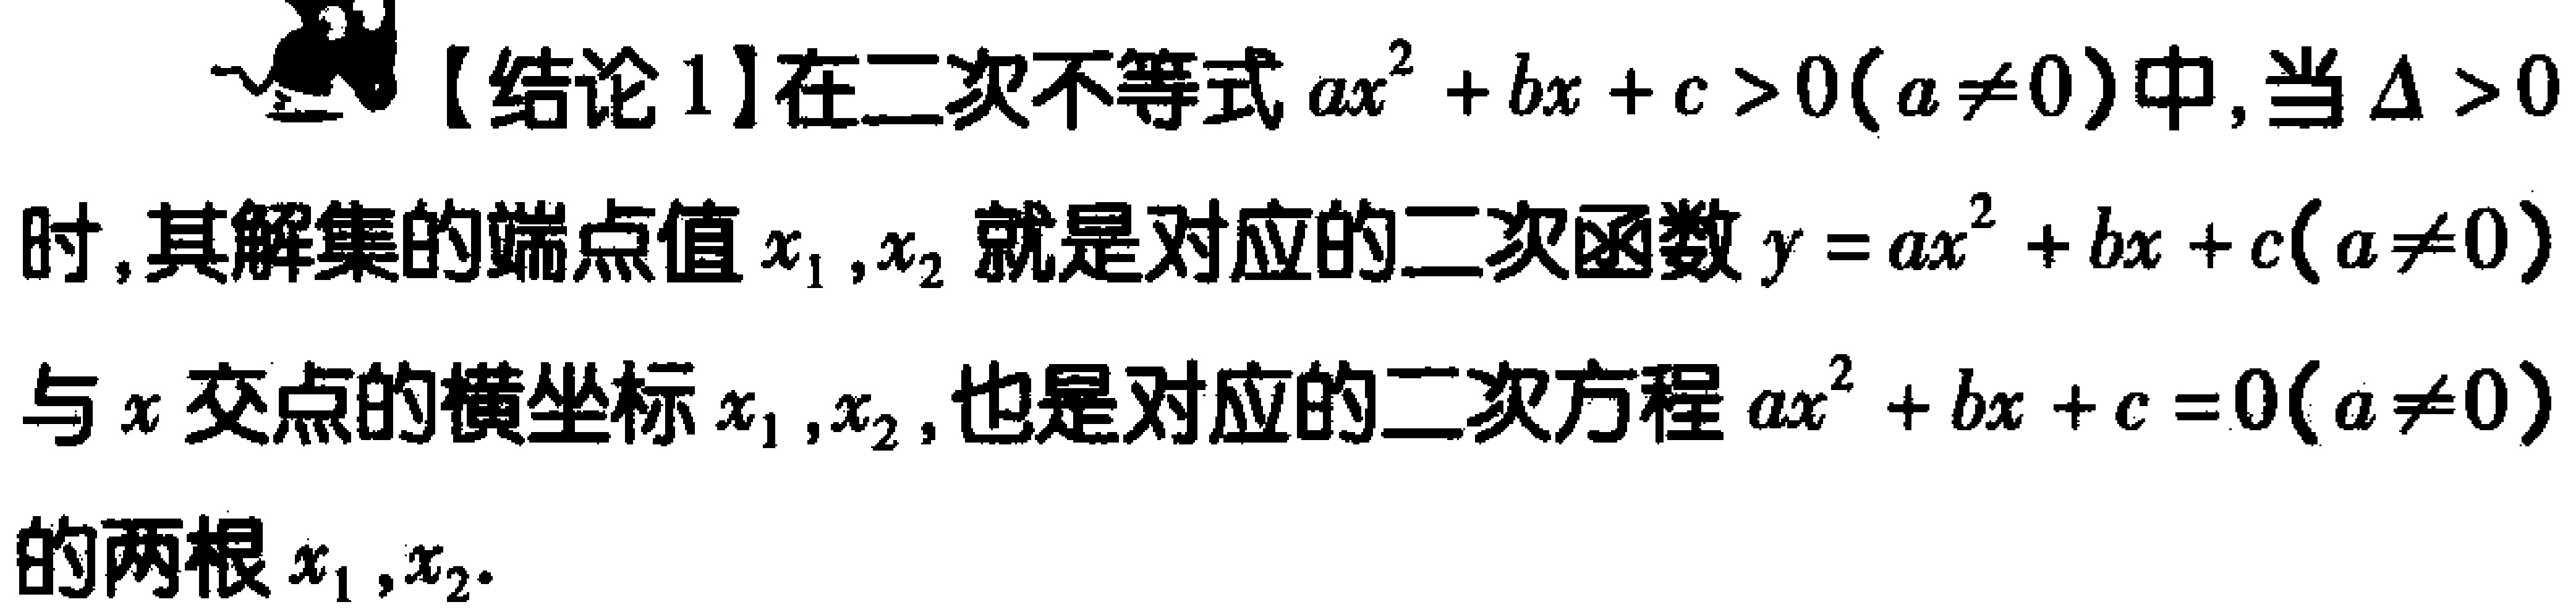
【结论1】在二次不等式\(ax^{2}+bx + c>0(a\neq0)\)中, 当\(\Delta>0\)时, 其解集的端点值\(x_{1},x_{2}\)就是对应的二次函数\(y = ax^{2}+bx + c(a\neq0)\)与\(x\)交点的横坐标\(x_{1},x_{2}\), 也是对应的二次方程\(ax^{2}+bx + c = 0(a\neq0)\)的两根\(x_{1},x_{2}\).